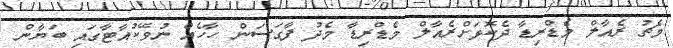
މެޗު ރެއާލް މެޑްރިޑާ ދެކޮޅަށްރެއާލް މެޑްރިޑާ މެދު ފާގަސަން ހާހެއް ނުވޭކުއާޓާގައި ބަޔާން